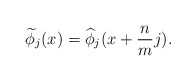
\begin{align*}\widetilde{\phi}_j(x)= \widehat{\phi}_j(x+\frac{n}{m}j).\end{align*}